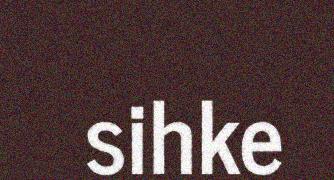
sihke